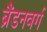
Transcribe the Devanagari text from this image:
ब्रैंडनवर्ग